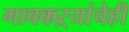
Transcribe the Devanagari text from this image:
गावकऱ्यांचेही